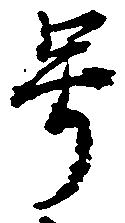
号